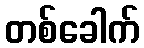
တစ်ခေါက်